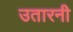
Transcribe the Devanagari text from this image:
उतारनी